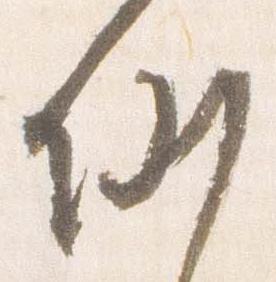
例